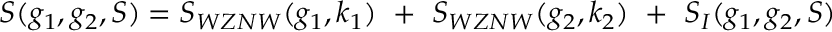
S ( g _ { 1 } , g _ { 2 } , S ) = S _ { W Z N W } ( g _ { 1 } , k _ { 1 } ) ~ + ~ S _ { W Z N W } ( g _ { 2 } , k _ { 2 } ) ~ + ~ S _ { I } ( g _ { 1 } , g _ { 2 } , S )